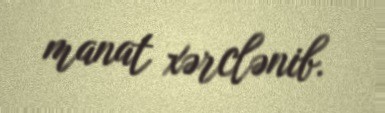
manat xərclənib.